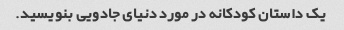
یک داستان کودکانه در مورد دنیای جادویی بنویسید.